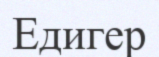
Едигер